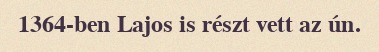
1364-ben Lajos is részt vett az ún.